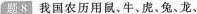
题8 我国农历用 鼠、牛、虎、兔、龙、